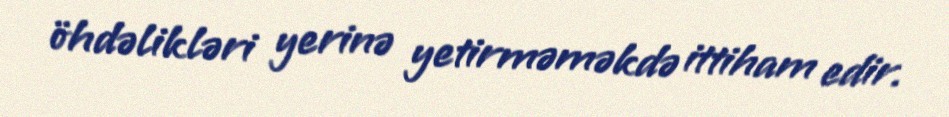
öhdəlikləri yerinə yetirməməkdə ittiham edir.